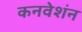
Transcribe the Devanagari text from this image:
कनवेशंन